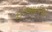
ઈઆઈએ